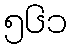
၅၆၁